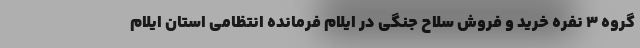
گروه 3 نفره خرید و فروش سلاح جنگی در ایلام فرمانده انتظامی استان ایلام